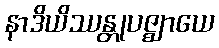
နာဒိယိဿန္တုပဇ္ဈာယေ